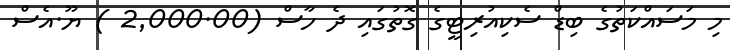
މި މަސައްކަތުގެ ބިޑް ސެކިއުރިޓީގެ ގޮތުގައި ދެ ހާސް (2